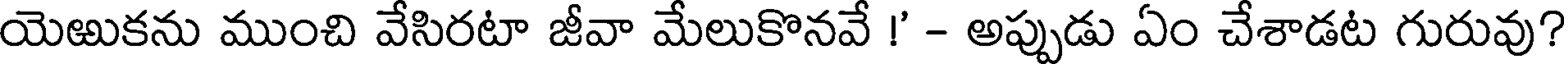
యెఱుకను ముంచి వేసిరటా జీవా మేలుకొనవే !' - అప్పుడు ఏం చేశాడట గురువు?